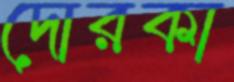
দোরকা